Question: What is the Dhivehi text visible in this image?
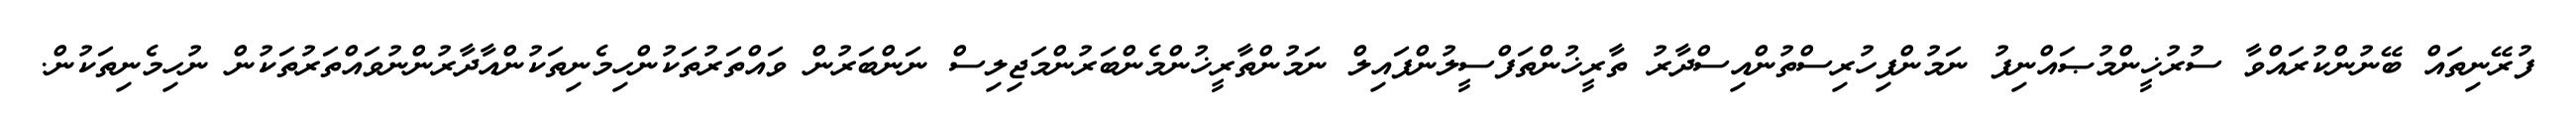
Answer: ފުރޭނިތައް ބޭނުންކުރައްވާ ސުރުޚީންމުޞައްނިފު ނަމުންފިހުރިސްތުންއިސްދާރު ތާރީޚުންތަފްސީލުންފައިލް ނަމުންތާރީޚުންމެންބަރުންމަޖިލިސް ނަންބަރުން ވައްތަރުތަކުންހިމެނިތަކުންއާދާރުންނުވައްތަރުތަކުން ނުހިމެނިތަކުން.